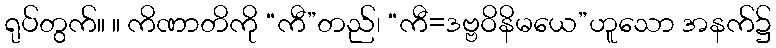
ရုပ်တွက်။ ။ ကိဏာတိကို “ကီ”တည်၊ “ကီ=ဒဗ္ဗဝိနိမယေ”ဟူသော အနက်၌